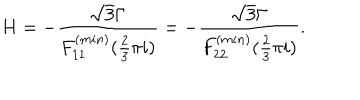
H = - \frac { \sqrt { 3 } \Gamma } { F _ { 1 1 } ^ { ( m i n ) } ( \frac { 2 } { 3 } \pi i ) } = - \frac { \sqrt { 3 } \Gamma } { F _ { 2 2 } ^ { ( m i n ) } ( \frac { 2 } { 3 } \pi i ) } .